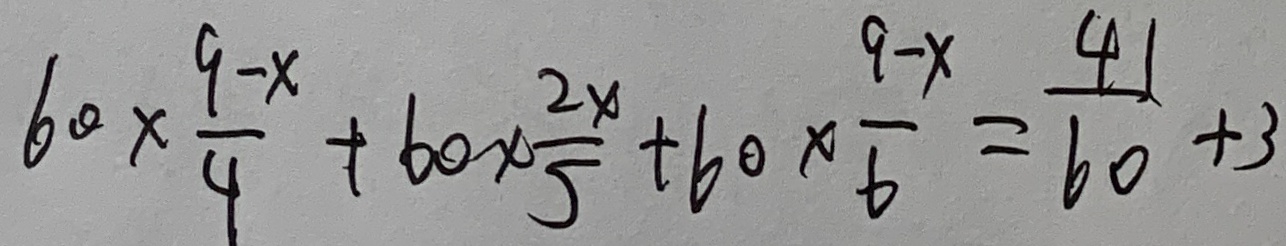
6 0 \times \frac { 9 - x } { 4 } + 6 0 \times \frac { 2 x } { 5 } + 6 0 \times \frac { 9 - x } { 6 } = \frac { 4 1 } { 6 0 } + 3